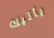
يأتيك